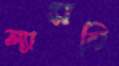
ল্যান্সলি